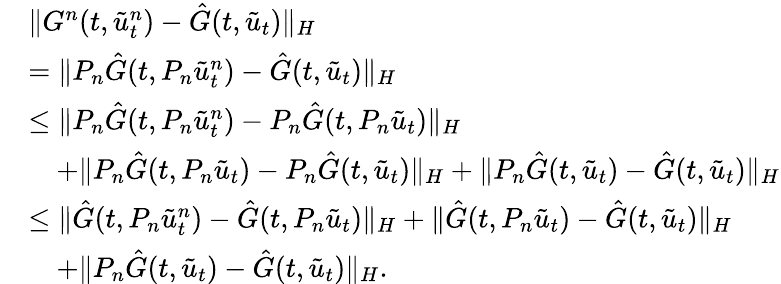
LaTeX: \begin{array}{rl}&{\| G^{n}(t,\tilde{u}_{t}^{n})-\hat{G}(t,\tilde{u}_{t})\| _{H}}\\ &{=\| P_{n}\hat{G}(t,P_{n}\tilde{u}_{t}^{n})-\hat{G}(t,\tilde{u}_{t})\| _{H}}\\ &{\le\| P_{n}\hat{G}(t,P_{n}\tilde{u}_{t}^{n})-P_{n}\hat{G}(t,P_{n}\tilde{u}_{t})\| _{H}}\\ &{\quad+\| P_{n}\hat{G}(t,P_{n}\tilde{u}_{t})-P_{n}\hat{G}(t,\tilde{u}_{t})\| _{H}+\| P_{n}\hat{G}(t,\tilde{u}_{t})-\hat{G}(t,\tilde{u}_{t})\| _{H}}\\ &{\le\| \hat{G}(t,P_{n}\tilde{u}_{t}^{n})-\hat{G}(t,P_{n}\tilde{u}_{t})\| _{H}+\| \hat{G}(t,P_{n}\tilde{u}_{t})-\hat{G}(t,\tilde{u}_{t})\| _{H}}\\ &{\quad+\| P_{n}\hat{G}(t,\tilde{u}_{t})-\hat{G}(t,\tilde{u}_{t})\| _{H}.}\end{array}